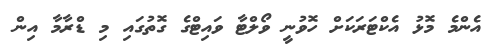
އެންމެ މޮޅު އެކްޓަރަކަށް ހޮވުނީ ވޯލްޓާ ވައިޓްގެ ގޮތުގައި މި ޑްރާމާ އިން